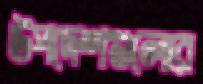
উপদেশগুলোর